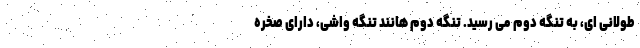
طولانی ای، به تنگه دوم می رسید. تنگه دوم هانند تنگه واشی، دارای صخره